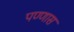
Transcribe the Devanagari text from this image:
पण्णास